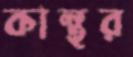
কান্থর